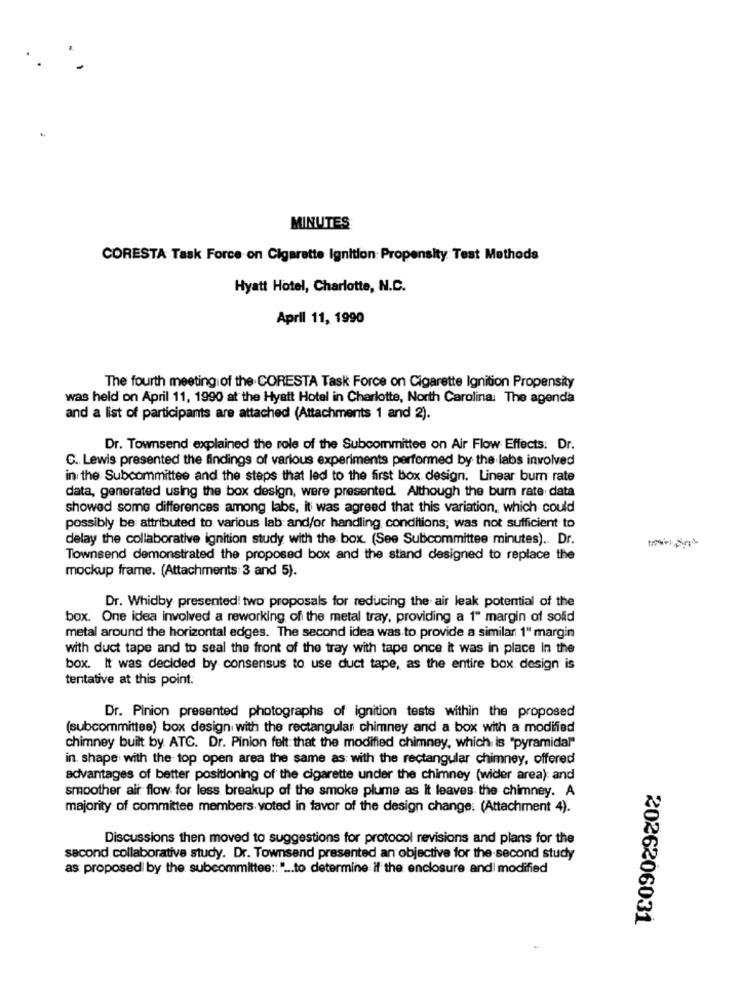
MINUTES
CORESTA Task Force on Cigarette Ignition: Propensity Test Methods
Hyatt Hotel, Charlotte, N.C.
April 11, 1990
The fourth meeting of the CORESTA Task Force on Cigarette Ignition Propensity
was held on April 11, 1990 at the Hyatt Hotel in Charlotte, North Carolina: The agenda
and a list of participants are attached (Attachments 1 and 2).
Dr. Townsend explained the role of the Subcommittee on Air Flow Effects. Dr.
C. Lewis presented the findings of various experiments performed by the labs involved
in the Subcommittee and the steps that led to the first box design. Linear bur rate
data, generated using the box design, were presented. Although the burn rate data
showed some differences among labs, it was agreed that this variation, which could
possibly be attributed to various lab and/or handling conditions; was not sufficient to
delay the collaborative ignition study with the box. (See Subcommittee minutes) .. Dr.
Townsend demonstrated the proposed box and the stand designed to replace the
mockup frame. (Attachments 3 and 5).
Dr. Whidby presented! two proposals for reducing the air leak potential of the
box. One idea involved a reworking of the metal tray, providing a 1" margin of solid
metal around the horizontal edges. The second idea was to provide a similar 1" margin
with duct tape and to seal the front of the tray with tape once it was in place In the
box. It was decided by consensus to use duct tape, as the entire box design is
tentative at this point:
Dr. Pinion presented photographs of ignition tests within the proposed
(subcommittee) box design with the rectangular chimney and a box with a modified
chimney built by ATC. Dr. Pinion felt that the modified chimney, which is "pyramidal"
in. shape with the top open area the same as with the rectangular chimney, offered
advantages of better positioning of the cigarette under the chimney (wider area): and
smoother air flow for less breakup of the smoke plume as it leaves the chimney. A
majority of committee members voted in favor of the design change: (Attachment 4).
Discussions then moved to suggestions for protocol revisions and plans for the
second collaborative study. Dr. Townsend presented an objective for the second study
as proposed by the subcommittee :: " ... to determine if the enclosure and modified
2026206031